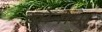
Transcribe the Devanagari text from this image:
खोनोमा